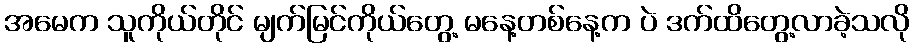
အမေက သူကိုယ်တိုင် မျက်မြင်ကိုယ်တွေ့ မနေ့တစ်နေ့က ပဲ ဒက်ထိတွေ့လာခဲ့သလို